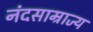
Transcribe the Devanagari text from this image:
नंदसाम्राज्य